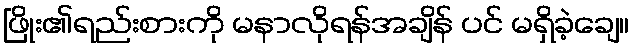
ဖြိုး၏ရည်းစားကို မနာလိုရန်အချိန် ပင် မရှိခဲ့ချေ။